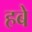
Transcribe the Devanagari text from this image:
हबे